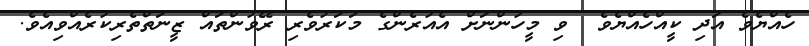
ހެއްޔެވެ އަދި ކީއްހެއްޔެވެ  ވި މީހުންނަށް އެއުރެންގެ މަކަރުވެރި ރޭވުންތައް ޒީނަތްތެރިކުރެއްވިއެވެ.